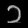
Digit: ၁